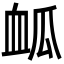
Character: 𮕟